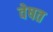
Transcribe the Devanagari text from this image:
वेषत